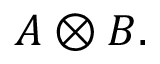
A \otimes B .